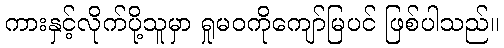
ကားနှင့်လိုက်ပို့သူမှာ ရှုမဝကိုကျော်မြပင် ဖြစ်ပါသည်။